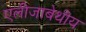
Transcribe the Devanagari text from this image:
एलीजाबेथीय